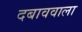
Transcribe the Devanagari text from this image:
दबाववाला